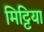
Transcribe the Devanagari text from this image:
मिट्टिया